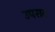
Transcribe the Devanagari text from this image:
उपसद